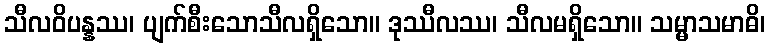
သီလဝိပန္နဿ၊ ပျက်စီးသောသီလရှိသော။ ဒုဿီလဿ၊ သီလမရှိသော။ သမ္မာသမာဓိ၊